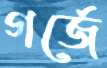
গর্জে